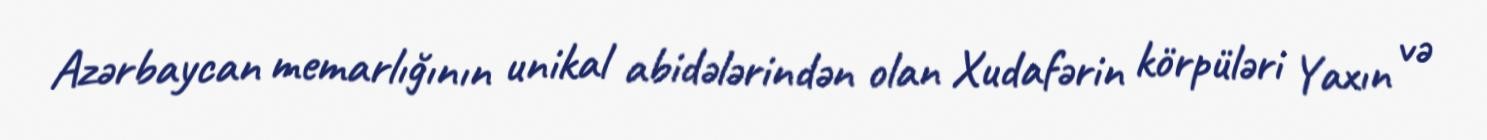
Azərbaycan memarlığının unikal abidələrindən olan Xudafərin körpüləri Yaxın və